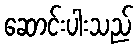
ဆောင်းပါးသည်